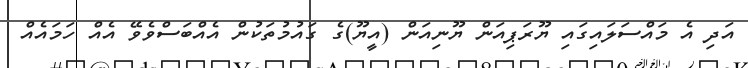
އަދި އެ މައްސަލައިގައި ޔޫރަޕިއަން ޔޫނިއަން (އީޔޫ)ގެ ގައުމުތަކުން އެއްބަސްވެވޭ އެއް ހަމައެއް